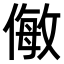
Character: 𠍁